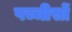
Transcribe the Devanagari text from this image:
पच्चीसों